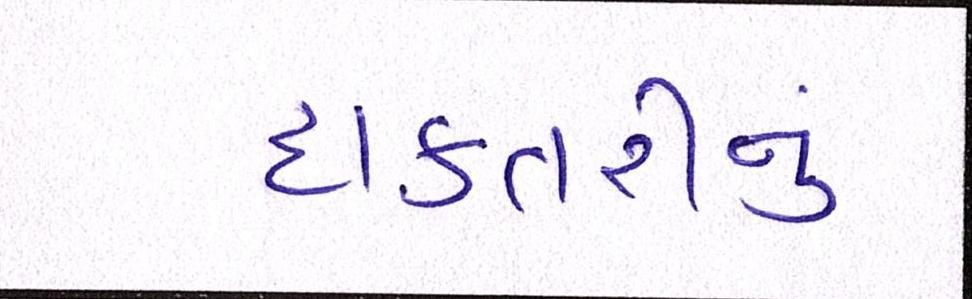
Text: દાક્તરીનું